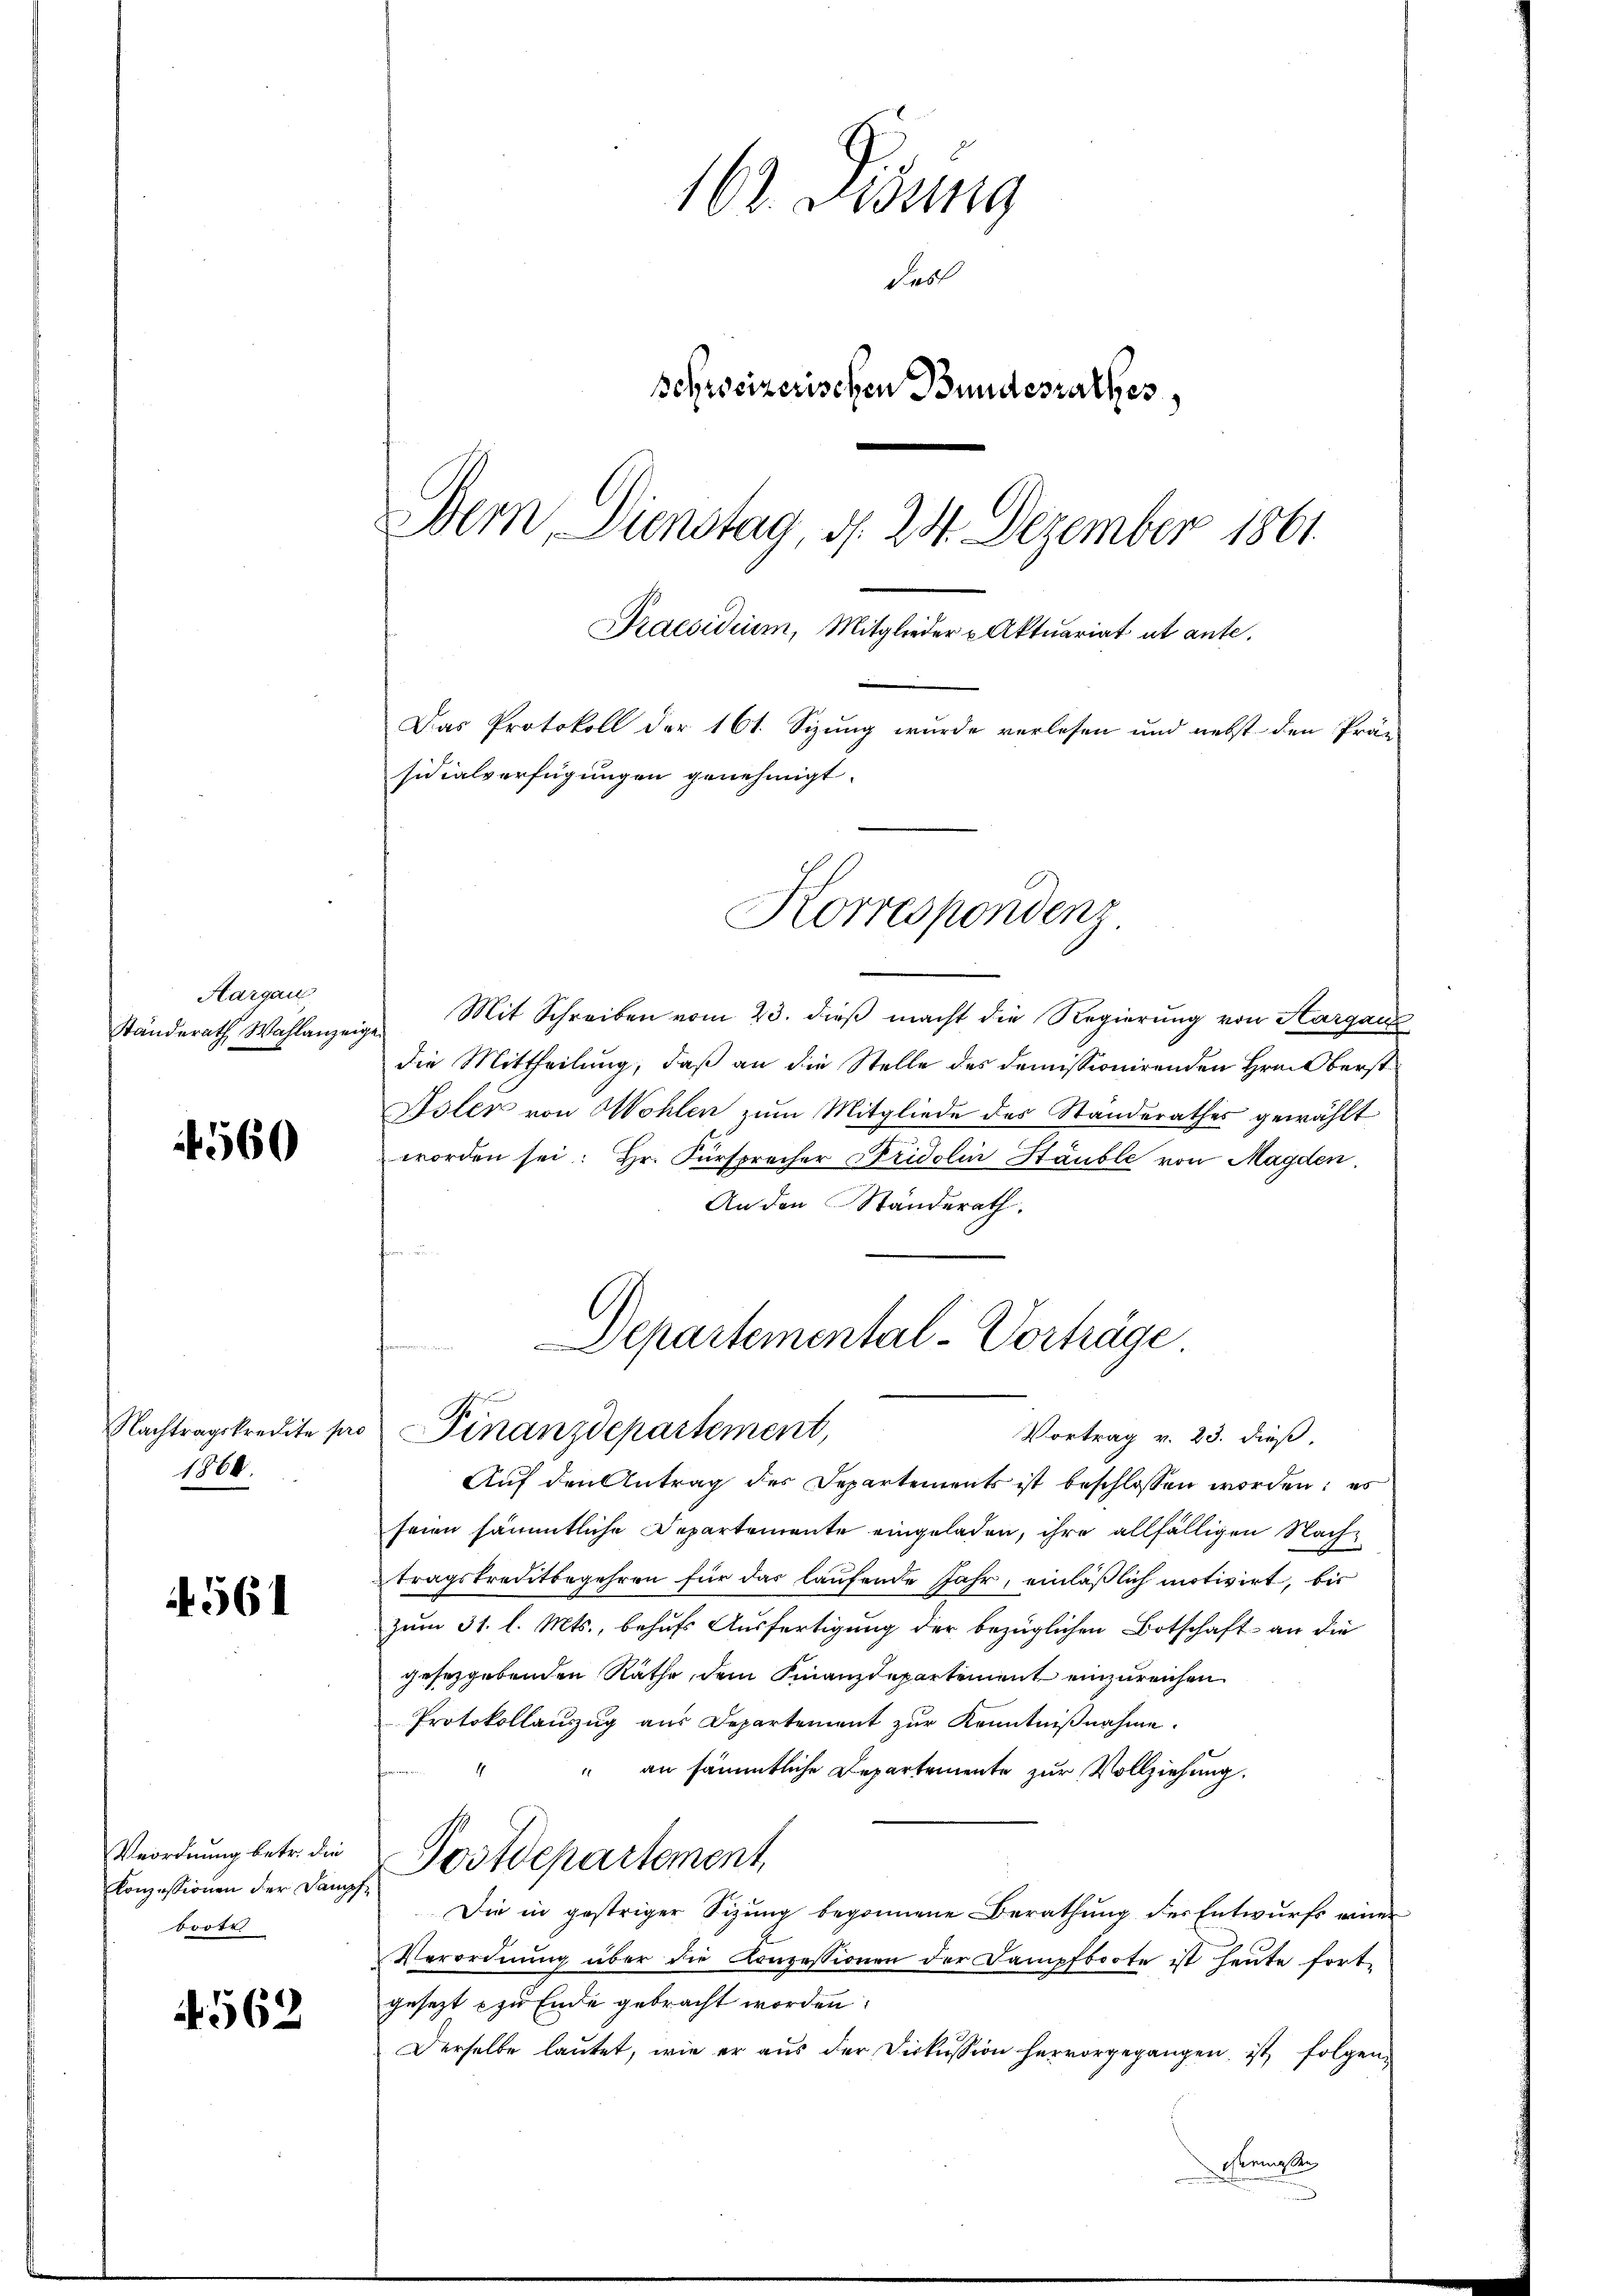
Aargau
Ständerath Wahlanzeig

560

Nachtragskredite sa
1868.

561

Veordnung betr. die
Konzessionen der Dampf.
brote

562

162. Disung
Fes
seprocizerischen Bundesrathes,
Bern Dienstag, d. 24. Dezember 1861
Praesidium, Mitglieder u Aktuariat ut ante.
Das Protokoll der 161. Sizung wurde verlesen und nebst den Prä-
sidialverfügungen genehmigt.
Korrespondenz

Mit Schreiben vom 23. dieβ macht die Regierung von Sargau
die Mittheilung, daß an die Stelle des demissionirenden Hrn. Oberst
Isler von Wohlen zum Mitgliede des Standerathes gewählt
worden sei: Hr. Fürsprocher Fridolin Häuble von Magden,
An den Ständerath.
Auf den Antrag des Departements ist beschlossen worden; es
seien sämmtliche Departemente eingeladen, ihre allfälligen Nachtragstreditbegehren für das laufende Jahr, einläßlich motivirt, bis
zum 31. l. Mts., behufs Ausfertigung der bezüglichen Botschaft an die
gesetzgebenden Räthe, dem Finanzdepartement einzureichen
Protokollauszug aus Departement zur Kenntnißnahme.
“ an sämmtliche Departemente zur Vollziehung.
Postdepartement
Die in gestriger Sitzung begonnene Berathung der Entwurfs einer
Verordnŭng über die Konzessionen der Dampfboote ist heŭte fort-
gesezt zu Ende gebracht worden:
Derselbe laŭtet, wie er aŭs der Diskussion hervorgegangen, ist folgen

Departemental-Vorträge
e
Finanzdepartement,
Vortrag v. 23. dieß,